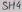
Text: SH4